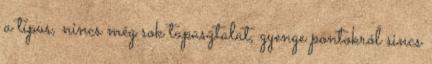
a típus, nincs még sok tapasztalat, gyenge pontokról sincs